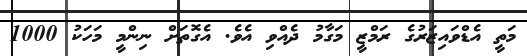
މަތީ އެޑްވައިޒަރުގެ ރަމްޒީ މަގާމު ދެއްވި އެވެ. އެގޮތަށް ނިންމީ މަހަކު 1000